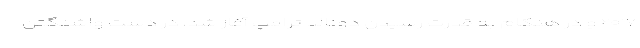
۲۰۱۷ و در هنگام به قدرت رسیدن دونالد ترامپ آغاز شد، در دست واشنگتن